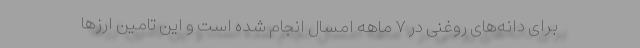
برای دانه‌های روغنی در ۷ ماهه امسال انجام شده است و این تامین ارزها